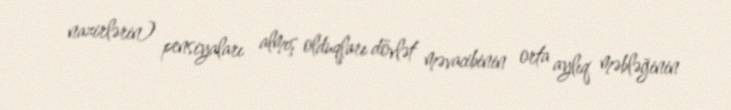
nazirlərin) pensiyaları almış olduqları dövlət məvacibinin orta aylıq məbləğinin